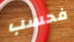
فحسب